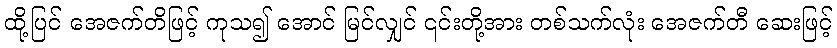
ထို့ပြင် အေဇက်တိဖြင့် ကုသ၍ အောင် မြင်လျှင် ၎င်းတို့အား တစ်သက်လုံး အေဇက်တီ ဆေးဖြင့်